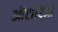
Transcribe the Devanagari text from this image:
ओंटारिओ